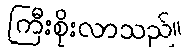
ကြီးစိုးလာသည်။